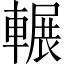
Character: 輾